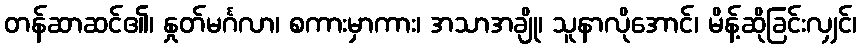
တန်ဆာဆင်၏၊ နှုတ်မင်္ဂလာ၊ စကားမှာကား၊ အသာအချို၊ သူနာလိုအောင်၊ မိန့်ဆိုခြင်းလျှင်၊